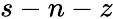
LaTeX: s-n-z